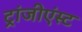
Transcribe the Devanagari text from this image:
ट्रांजीएंस्ट